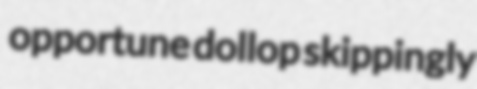
opportune dollop skippingly